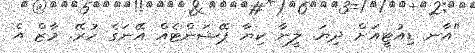
"އާނ ޑިއުޓީއަށް ދިޔަ. ލީނާ ކިޔާ ޕޭޝަންޓެއް އޭނަގެ ހުރޭ. މާޒް އެ